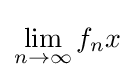
\lim _{n\to \infty }f_{n}x